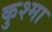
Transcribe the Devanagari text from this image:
कुश्‍मा